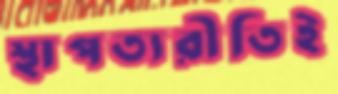
স্থাপত্যরীতিই